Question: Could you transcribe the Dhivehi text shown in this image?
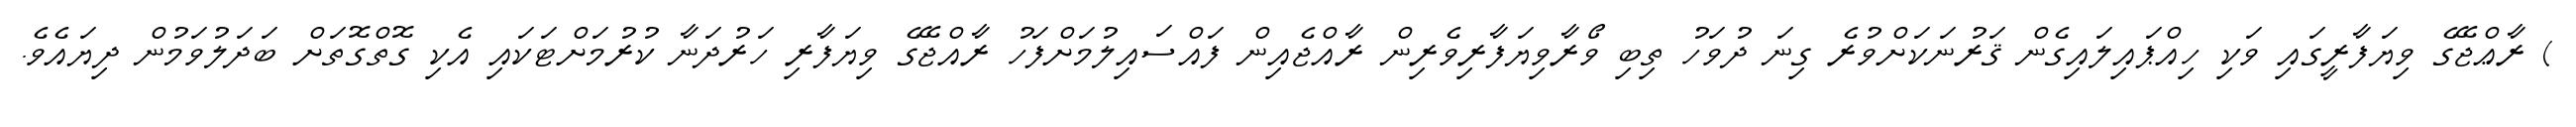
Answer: ) ރާޢްޖޭގެ ވިޔަފާރީގައި ވަކި ހިއްޕައިލައިގެން ޤަރުނަކަށްވުރެ ގިނަ ދުވަހު ތިބި ވޯރާވިޔަފާރިވެރިން ރާއްޖެއިން ފައްސައިލުމަށްފަހު ރާއްޖޭގެ ވިޔަފާރި ހަރުދަނާ ކުރުމަށްޓަކައި އެކި ގޮތްގޮތަށް ބަދަލުވަމުން ދިޔައެވެ.